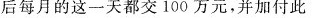
后每月的这一天都交100万元，并加付此